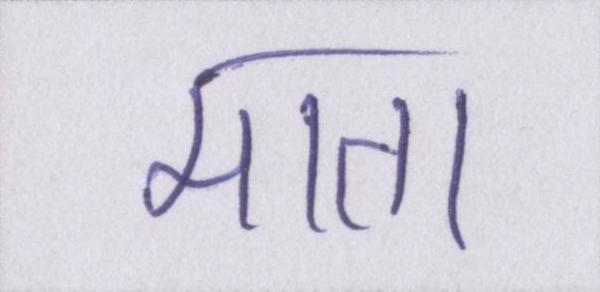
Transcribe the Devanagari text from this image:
माता